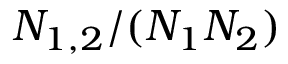
N _ { 1 , 2 } / ( N _ { 1 } N _ { 2 } )